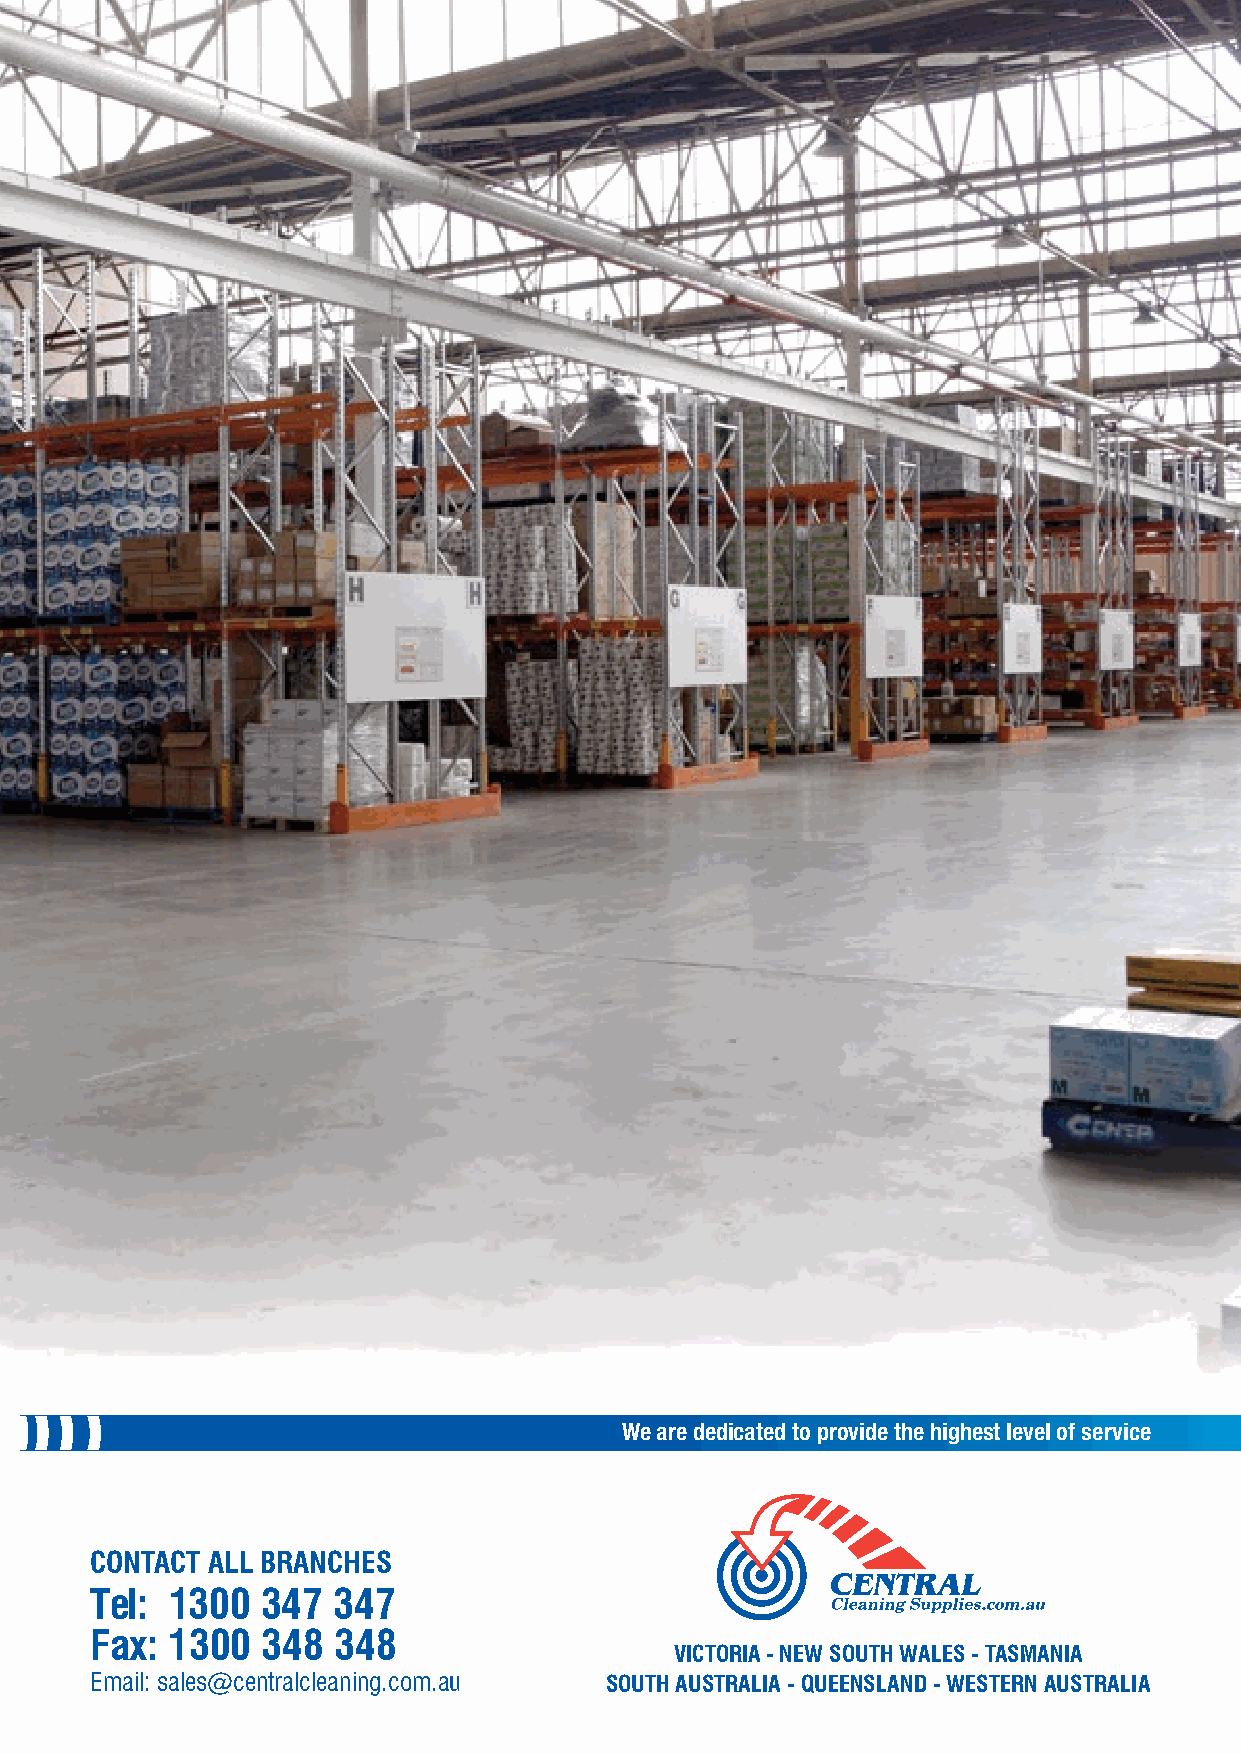
We are dedicated to provide the highest level of service
 CONTACT ALL BRANCHES
 Tel: 1300  347  347
 Fax: 1300  348  348
 VICTORIA - NEW SOUTH WALES - TASMANIA
 Email: sales@centralcleaning.com.au SOUTH AUSTRALIA - QUEENSLAND - WESTERN AUSTRALIA